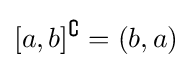
[a,b]^{\complement }=(b,a)